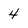
Character: 4